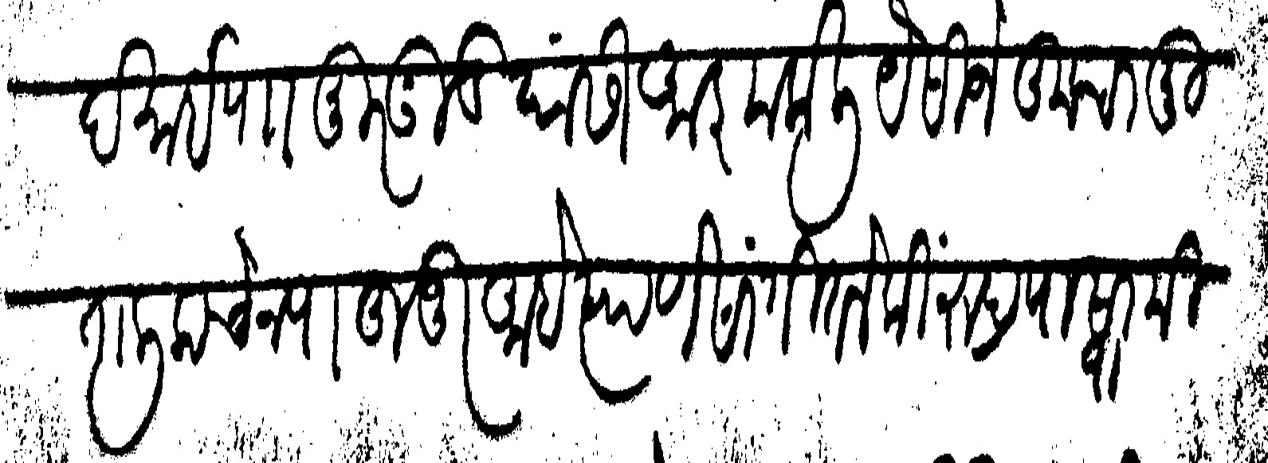
Transliteration (Devanagari): देसाई पा मुरगूड यांसी आज्ञा केली यैसी जे तुमचा मुतालीक चेनपा हुजूर आहे त्याणे सांगितले कीं रुद्रपा स्वामी